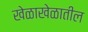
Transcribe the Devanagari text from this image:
खेळाखेळातील